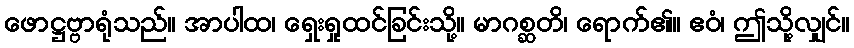
ဖောဋ္ဌဗ္ဗာရုံသည်။ အာပါထ၊ ရှေးရှုထင်ခြင်းသို့။ မာဂစ္ဆတိ၊ ရောက်၏။ ဧဝံ၊ ဤသို့လျှင်။